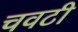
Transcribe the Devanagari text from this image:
चवटी